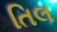
તિલ